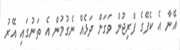
އޭނާ އެ ކެފޭގެ ފްރިޖުން ވަގަށް ދަޅެއް ނެގުމުން އެ ތަނުގައި އޭރު